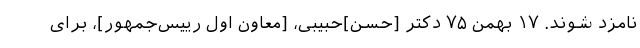
نامزد شوند. ۱۷ بهمن ۷۵ دکتر [حسن]حبیبی، [معاون اول رییس‌جمهور]، برای